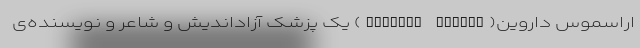
اراسموس داروین(Erasmus Darwin) یک پزشک آزاداندیش و شاعر و نویسنده‌ی